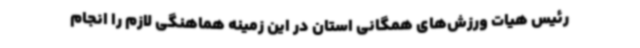
رئیس هیات ورزش‌های همگانی استان در این زمینه هماهنگی لازم را انجام